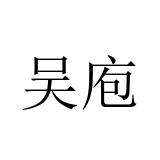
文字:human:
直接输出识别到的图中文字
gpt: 吴庖